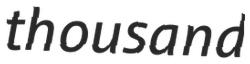
thousand